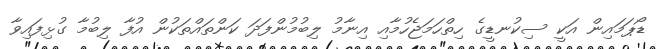
ޑޯޕަމައިން އަކީ ސިކުނޑީގެ ހިތްހަމަޖެހުމާއި އިނާމު ލިބުމުންފަދަ ކަންތައްތަކުން އުފާ ލިބުމާ ގުޅިފައިވާ